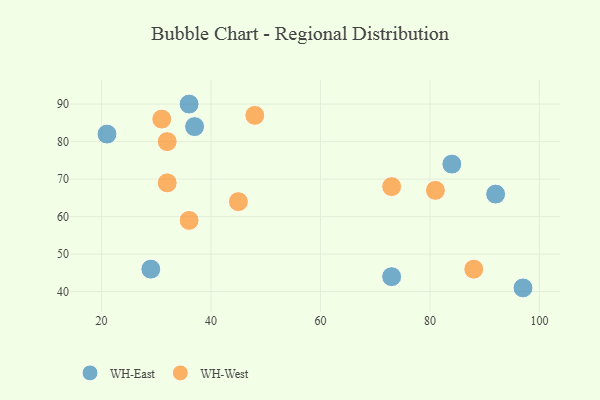
{"axis": {"x": "GDP", "y": "Life Expectancy"}, "legend": ["WH-East", "WH-West"], "data": [{"x": "97", "y": 41, "type": "WH-East"}, {"x": "36", "y": 90, "type": "WH-East"}, {"x": "84", "y": 74, "type": "WH-East"}, {"x": "92", "y": 66, "type": "WH-East"}, {"x": "37", "y": 84, "type": "WH-East"}, {"x": "21", "y": 82, "type": "WH-East"}, {"x": "29", "y": 46, "type": "WH-East"}, {"x": "73", "y": 44, "type": "WH-East"}, {"x": "32", "y": 80, "type": "WH-West"}, {"x": "36", "y": 59, "type": "WH-West"}, {"x": "31", "y": 86, "type": "WH-West"}, {"x": "73", "y": 68, "type": "WH-West"}, {"x": "81", "y": 67, "type": "WH-West"}, {"x": "48", "y": 87, "type": "WH-West"}, {"x": "88", "y": 46, "type": "WH-West"}, {"x": "32", "y": 69, "type": "WH-West"}, {"x": "45", "y": 64, "type": "WH-West"}]}